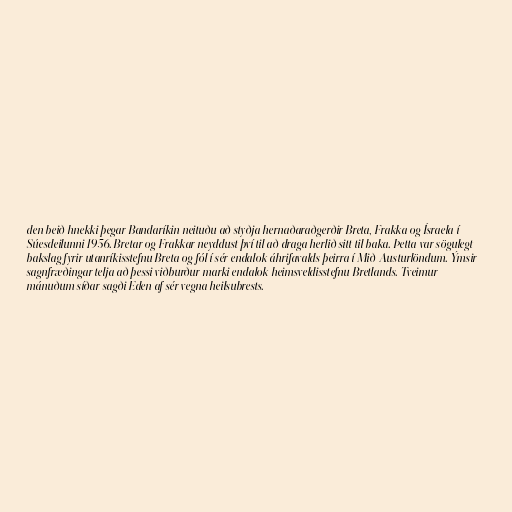
den beið hnekki þegar Bandaríkin neituðu að styðja hernaðaraðgerðir Breta, Frakka og Ísraela í
Súesdeilunni 1956. Bretar og Frakkar neyddust því til að draga herlið sitt til baka. Þetta var sögulegt
bakslag fyrir utanríkisstefnu Breta og fól í sér endalok áhrifavalds þeirra í Mið-Austurlöndum. Ýmsir
sagnfræðingar telja að þessi viðburður marki endalok heimsveldisstefnu Bretlands. Tveimur
mánuðum síðar sagði Eden af sér vegna heilsubrests.